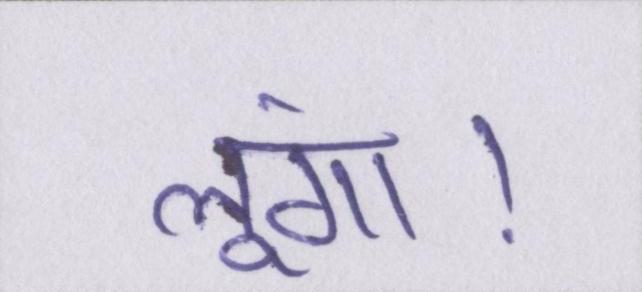
लूंगा।